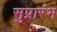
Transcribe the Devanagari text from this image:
सुप्रारंभ